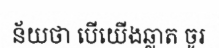
ន័យថា បើយើងឆ្លាត ចូរ